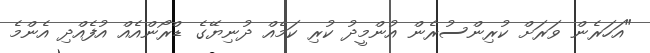
"އަހަރެން ވަރަށް ކުރިންސުރެން އުންމީދު ކުރި ކަމެއް ދުނިޔޭގެ ޑްރޯންއެއް އުފެއްދި އެންމެ